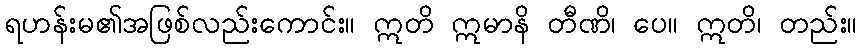
ရဟန်းမ၏အဖြစ်လည်းကောင်း။ ဣတိ ဣမာနိ တီဏိ၊ ပေ။ ဣတိ၊ တည်း။